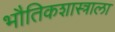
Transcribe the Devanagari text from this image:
भौतिकशास्त्राला